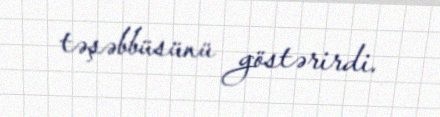
təşəbbüsünü göstərirdi.